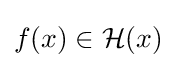
f(x)\in {\mathcal {H}}(x)